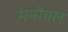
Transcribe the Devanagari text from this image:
मनौवल